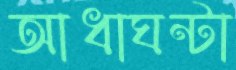
আধাঘন্টা